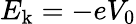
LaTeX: E_{\mathrm{k}}=-eV_{\mathrm{0}}